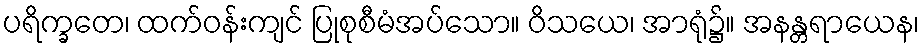
ပရိက္ခတေ၊ ထက်ဝန်းကျင် ပြုစုစီမံအပ်သော။ ဝိသယေ၊ အာရုံ၌။ အနန္တရာယေန၊